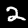
Label: 2